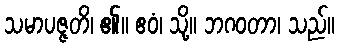
သမာပဇ္ဇတိ၊ ၏။ ဧဝံ၊ သို့။ ဘဂဝတာ၊ သည်။